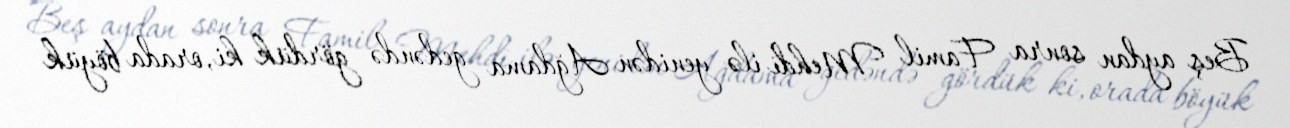
Beş aydan sonra Famil Mehdi ilə yenidən Ağdama gedəndə gördük ki, orada böyük